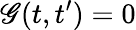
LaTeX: \mathscr{G}(t,t^{\prime})=0